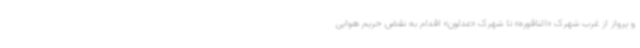
و پرواز از غرب شهرک «الناقوره» تا شهرک «عدلون» اقدام به نقض حریم هوایی